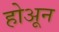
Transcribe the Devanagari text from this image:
होअून